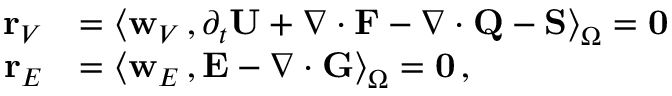
\begin{array} { r l } { { \bf r } _ { V } } & { = \big \langle { { \bf w } _ { V } } \, , \partial _ { { t } } { \bf U } + \nabla \cdot { \bf F } - \nabla \cdot { \bf Q } - { \bf S } \big \rangle _ { \Omega } = { \bf 0 } } \\ { { \bf r } _ { E } } & { = \big \langle { \bf w } _ { E } \, , { \bf E } - \nabla \cdot { \bf G } \big \rangle _ { \Omega } = { \bf 0 } \, , } \end{array}